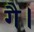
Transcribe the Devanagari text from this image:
गै।